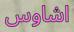
اشاوس